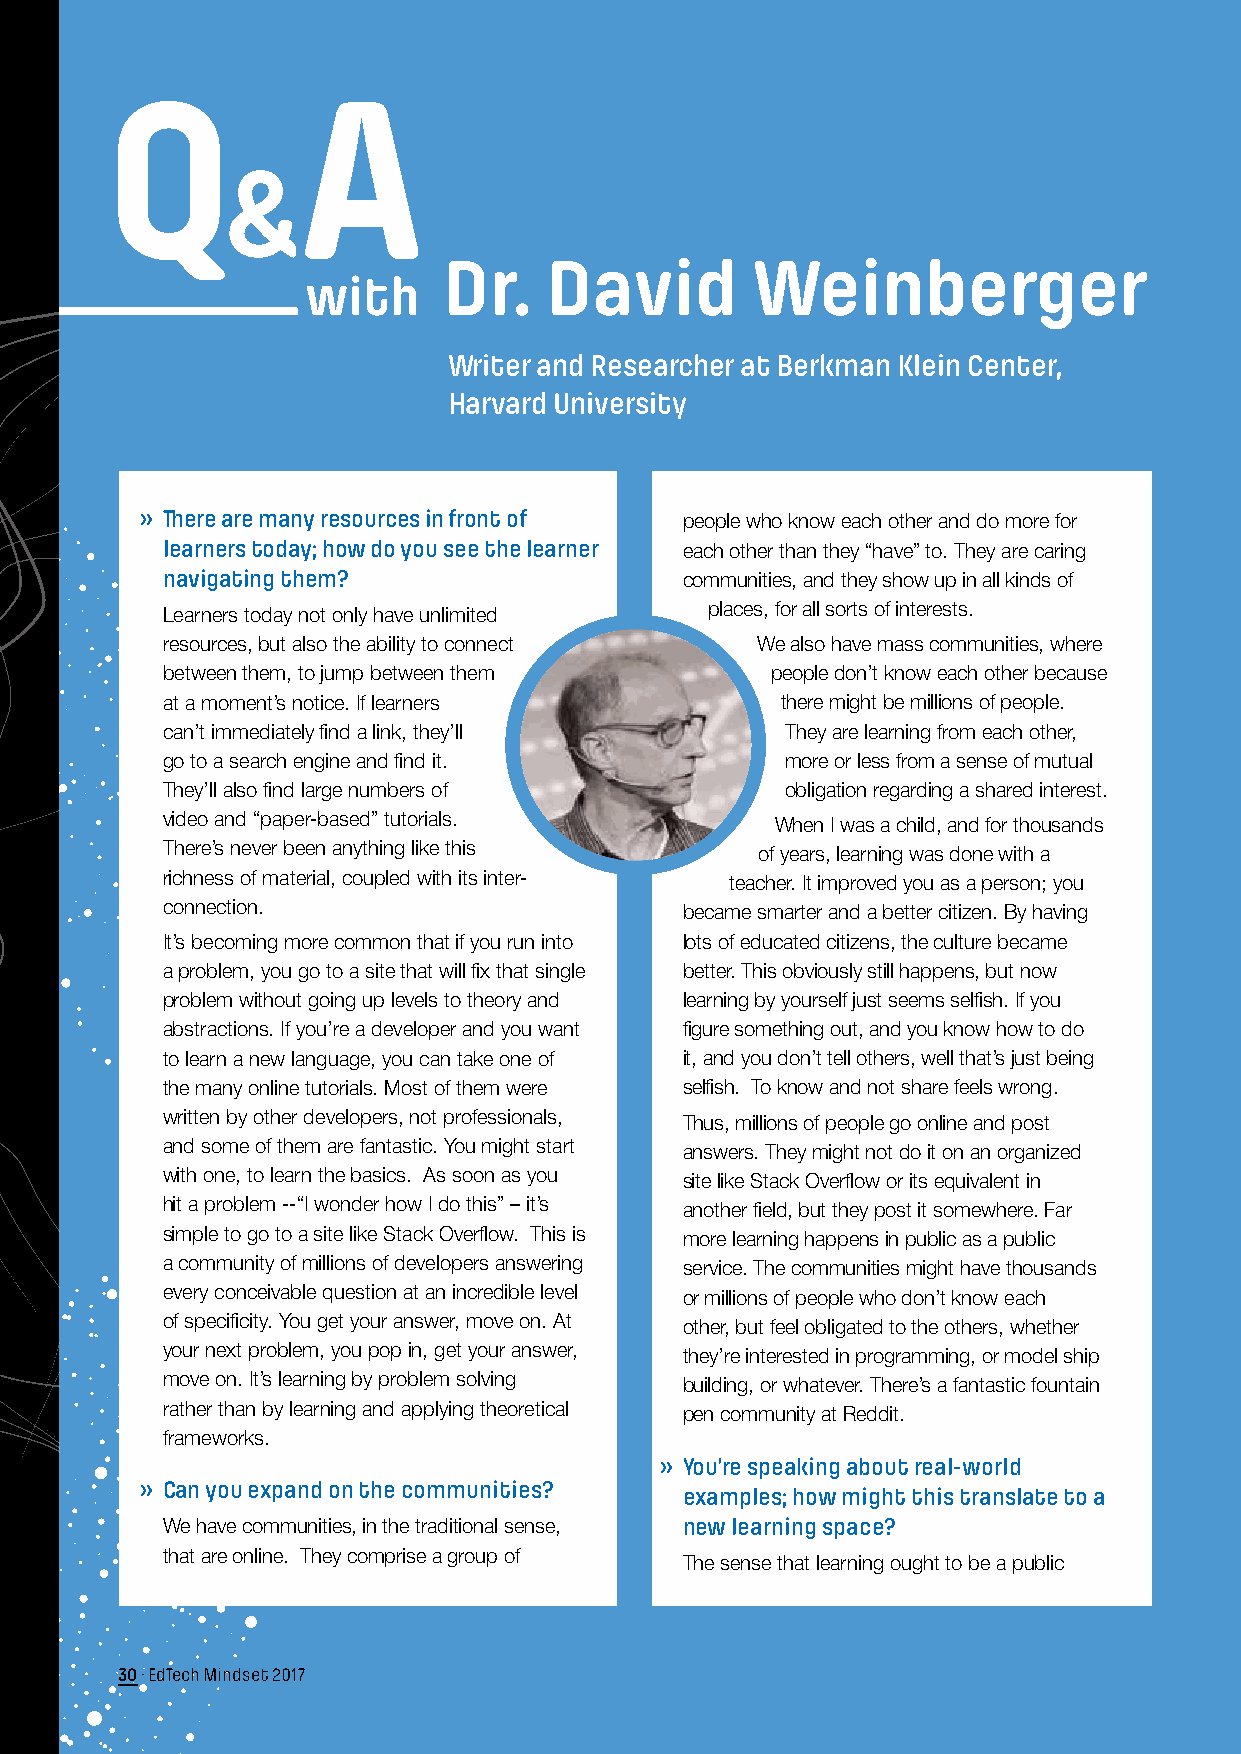
Dr.    David         Weinberger
 with
 Writer and Researcher at Berkman Klein Center,
 Harvard University
 » There are many resources in front of
 people who know each other and do more for
 learners today; how do you see the learner each other than they “have” to. They are caring
 navigating them?                  communities, and they show up in all kinds of
 Learners today not only have unlimited places, for all sorts of interests.
 resources, but also the ability to connect We also have mass communities, where
 between them, to jump between them      people don’t know each other because
 at a moment’s notice. If learners        there might be millions of people.
 can’t immediately find a link, they’ll   They are learning from each other,
 go to a search engine and find it.       more or less from a sense of mutual
 They’ll also find large numbers of       obligation regarding a shared interest.
 video and “paper-based” tutorials.      When I was a child, and for thousands
 There’s never been anything like this  of years, learning was done with a
 richness of material, coupled with its inter- teacher. It improved you as a person; you
 connection.                       became smarter and a better citizen. By having
 It’s becoming more common that if you run into lots of educated citizens, the culture became
 a problem, you go to a site that will fix that single better. This obviously still happens, but now
 problem without going up levels to theory and learning by yourself just seems selfish. If you
 abstractions. If you’re a developer and you want figure something out, and you know how to do
 to learn a new language, you can take one of it, and you don’t tell others, well that’s just being
 the many online tutorials. Most of them were selfish. To know and not share feels wrong.
 written by other developers, not professionals, Thus, millions of people go online and post
 and some of them are fantastic. You might start answers. They might not do it on an organized
 with one, to learn the basics. As soon as you site like Stack Overflow or its equivalent in
 hit a problem --“I wonder how I do this” – it’s another field, but they post it somewhere. Far
 simple to go to a site like Stack Overflow. This is more learning happens in public as a public
 a community of millions of developers answering service. The communities might have thousands
 every conceivable question at an incredible level or millions of people who don’t know each
 of specificity. You get your answer, move on. At other, but feel obligated to the others, whether
 your next problem, you pop in, get your answer, they’re interested in programming, or model ship
 move on. It’s learning by problem solving building, or whatever. There’s a fantastic fountain
 rather than by learning and applying theoretical pen community at Reddit.
 frameworks.
 » You’re speaking about real-world
 » Can you expand on the communities?
 examples; how might this translate to a
 We have communities, in the traditional sense, new learning space?
 that are online. They comprise a group of
 The sense that learning ought to be a public
 30 · EdTech Mindset 2017